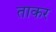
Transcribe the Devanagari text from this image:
ताकर